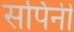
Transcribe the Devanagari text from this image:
सर्पिनी